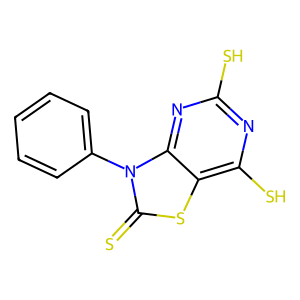
SMILES: S=c1sc2c(S)nc(S)nc2n1-c1ccccc1
Inhibits HIV replication: No